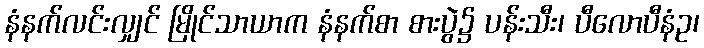
နံနက်လင်းလျှင် မြိုင်သာယာက နံနက်စာ စားပွဲ၌ ပန်းသီး၊ ပီလောပီနံဥ၊